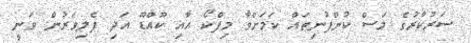
ސަރުކާރުގެ މަސް ކުންފުނިތައް ކަމަށްވާ މިފްކޯ އާއި ކޫއްޑޫ އަދި ފެލިވަރުން ވަނީ